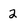
Character: 2